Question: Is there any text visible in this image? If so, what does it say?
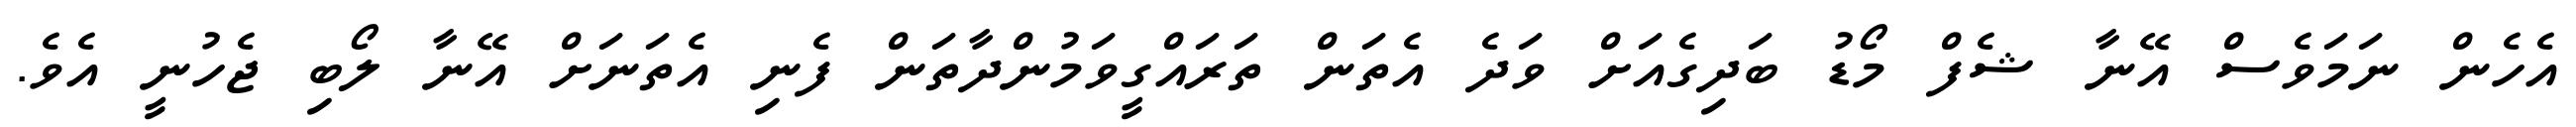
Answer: އެހެން ނަމަވެސް އޭނާ ޝެފް މޯޑު ބަދިގެއަށް ވަދެ އެތަން ތަރައްގީވަމުންދާތަން ފެނި އެތަނަށް އޭނާ ލޯބި ޖެހުނީ އެވެ.